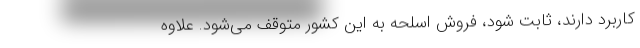
کاربرد دارند، ثابت شود، فروش اسلحه به این کشور متوقف می‌شود. علاوه